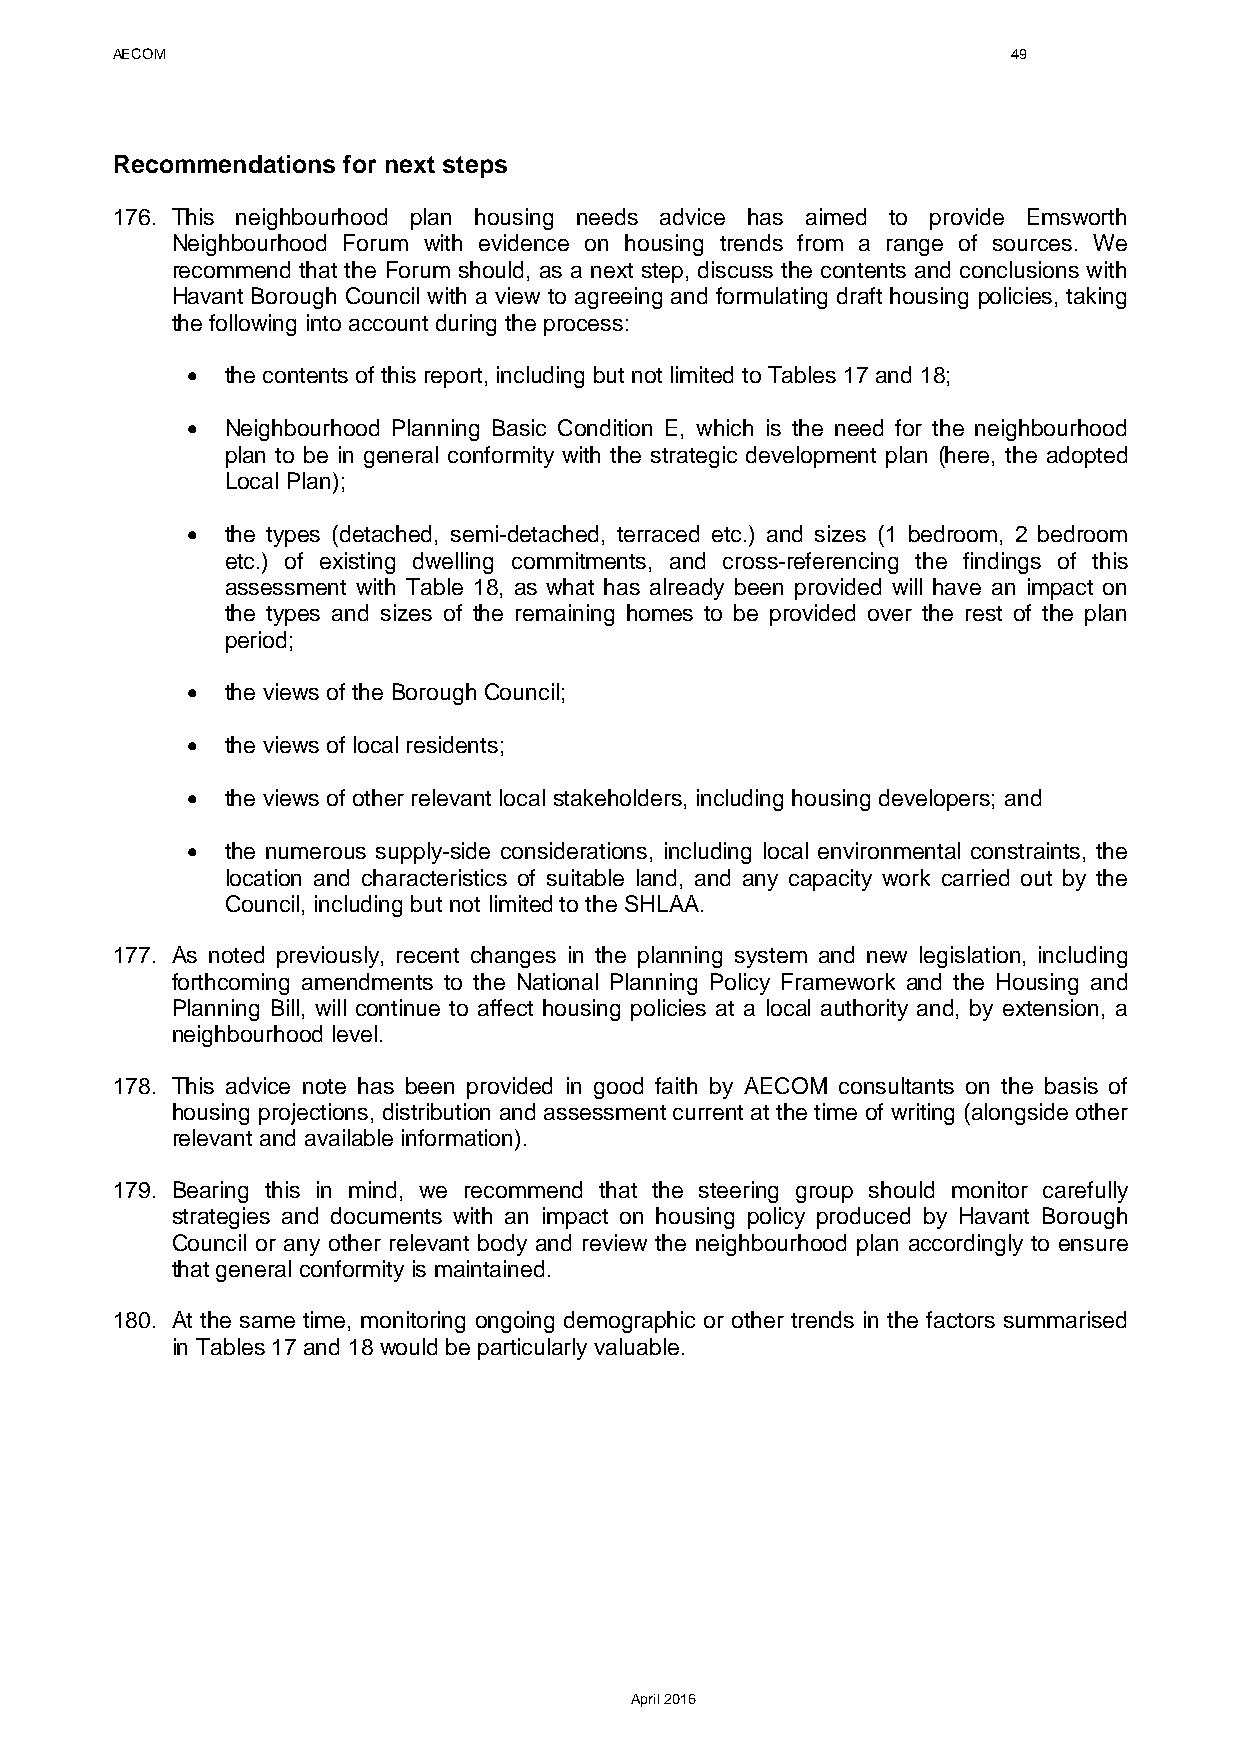
AECOM                                                       49
 Recommendations for next steps
 176. This neighbourhood plan housing needs advice has aimed to provide Emsworth
 Neighbourhood Forum with evidence on housing trends from a range of sources. We
 recommend that the Forum should, as a next step, discuss the contents and conclusions with
 Havant Borough Council with a view to agreeing and formulating draft housing policies, taking
 the following into account during the process:
 •  the contents of this report, including but not limited to Tables 17 and 18;
 •  Neighbourhood Planning Basic Condition E, which is the need for the neighbourhood
 plan to be in general conformity with the strategic development plan (here, the adopted
 Local Plan);
 •  the types (detached, semi-detached, terraced etc.) and sizes (1 bedroom, 2 bedroom
 etc.) of existing dwelling commitments, and cross-referencing the findings of this
 assessment with Table 18, as what has already been provided will have an impact on
 the types and sizes of the remaining homes to be provided over the rest of the plan
 period;
 •  the views of the Borough Council;
 •  the views of local residents;
 •  the views of other relevant local stakeholders, including housing developers; and
 •  the numerous supply-side considerations, including local environmental constraints, the
 location and characteristics of suitable land, and any capacity work carried out by the
 Council, including but not limited to the SHLAA.
 177. As noted previously, recent changes in the planning system and new legislation, including
 forthcoming amendments to the National Planning Policy Framework and the Housing and
 Planning Bill, will continue to affect housing policies at a local authority and, by extension, a
 neighbourhood level.
 178. This advice note has been provided in good faith by AECOM consultants on the basis of
 housing projections, distribution and assessment current at the time of writing (alongside other
 relevant and available information).
 179. Bearing this in mind, we recommend that the steering group should monitor carefully
 strategies and documents with an impact on housing policy produced by Havant Borough
 Council or any other relevant body and review the neighbourhood plan accordingly to ensure
 that general conformity is maintained.
 180. At the same time, monitoring ongoing demographic or other trends in the factors summarised
 in Tables 17 and 18 would be particularly valuable.
 April 2016